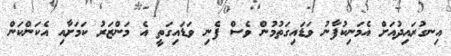
އިނގުރައިދުއަށް އެމަނިކުފާނު ވަޑައިގަތުމުން ވެސް ފެނި ވަޑައިގަތީ އެ މަންޒަރު ކަމަށާއި އެކަންކަން